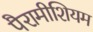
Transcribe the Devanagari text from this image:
पैरामीशियम